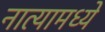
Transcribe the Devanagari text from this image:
नात्यामध्ये